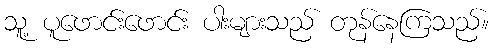
သူ့ ပူဖောင်းဖောင်း ပါးများသည် တုန်နေကြသည်။